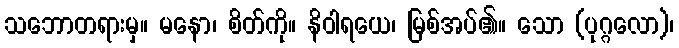
သဘောတရားမှ။ မနော၊ စိတ်ကို။ နိဝါရယေ၊ မြစ်အပ်၏။ သော (ပုဂ္ဂလော)၊